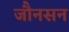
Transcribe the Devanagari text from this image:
जौनसन